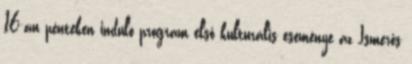
16-án pénteken induló program első kulturális eseménye az Ismerős